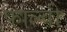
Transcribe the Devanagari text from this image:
फाल्वी